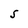
Character: S